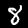
Label: 8